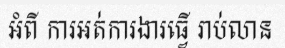
អំពី ការអត់ការងារធ្វើ រាប់លាន